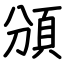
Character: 頒